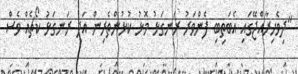
"ދިވެހިރާއްޖޭގައި އެބަތިބި ފެންވަރު ރަނގަޅު މޮޅު ކުޅުންތެރިން އަދި ރަނގަޅު ކޯޗެއް ވެސް